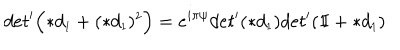
LaTeX: d e t ^ { \prime } \Bigl ( \ast d _ { \scriptscriptstyle 1 } + ( \ast d _ { \scriptscriptstyle 1 } ) ^ { \scriptscriptstyle 2 } \Bigr ) = e ^ { i \pi \psi } d e t ^ { \prime } ( \ast d _ { \scriptscriptstyle 1 } ) d e t ^ { \prime } ( \mathrm { 1 \ m k e r n - 5 m u I } + \ast d _ { \scriptscriptstyle 1 } )